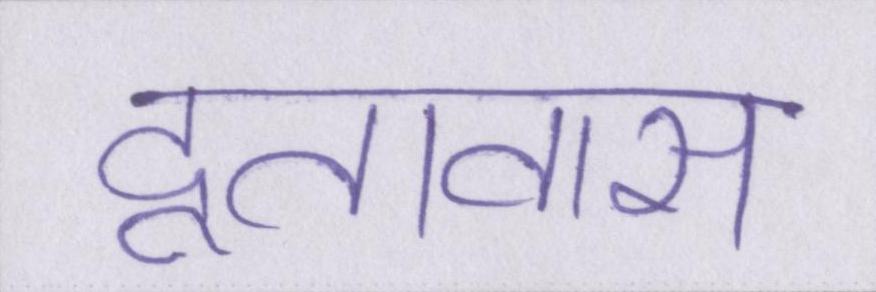
दूतावास